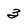
Character: 3